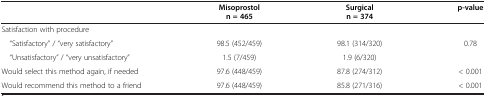
|  | Misoprostol | Surgical | p-value |
 |  | n = 465 | n = 374 |  |
 | --- | --- | --- | --- |
 | Satisfaction with procedure |  |  |  |
 | “Satisfactory” / “very satisfactory” | 98.5 (452/459) | 98.1 (314/320) | <ROWSPAN=2> 0.78 |
 | “Unsatisfactory” / “very unsatisfactory” | 1.5 (7/459) | 1.9 (6/320) |
 | Would select this method again, if needed | 97.6 (448/459) | 87.8 (274/312) | < 0.001 |
 | Would recommend this method to a friend | 97.6 (448/459) | 85.8 (271/316) | < 0.001 |